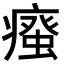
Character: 𭼦